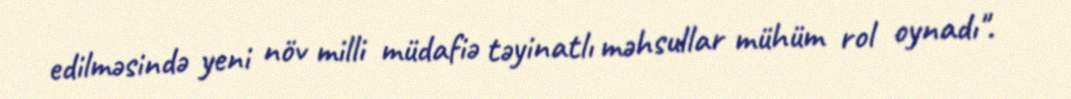
edilməsində yeni növ milli müdafiə təyinatlı məhsullar mühüm rol oynadı".